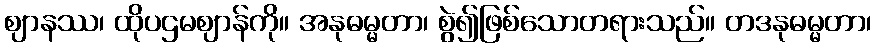
ဈာနဿ၊ ထိုပဌမဈာန်ကို။ အနုဓမ္မတာ၊ စွဲ၍ဖြစ်သောတရားသည်။ တဒနုဓမ္မတာ၊